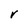
Character: V